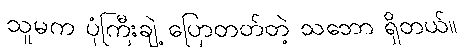
သူမက ပုံကြီးချဲ့ ပြောတတ်တဲ့ သဘော ရှိတယ်။